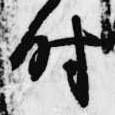
時